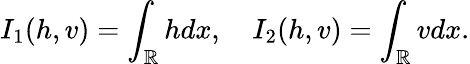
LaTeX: I_{1}(h,v)=\int_{\mathbb R}hdx,\quad I_{2}(h,v)=\int_{\mathbb R}vdx.